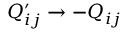
Q _ { i j } ^ { \prime } \rightarrow - Q _ { i j }